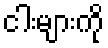
ငါးများကို